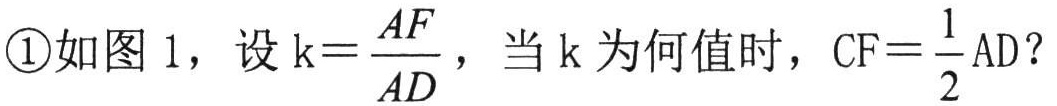
\textcircled{1}如图 1，设\(k = \frac{AF}{AD}\)，当\(k\)为何值时，\(CF=\frac{1}{2}AD\)？